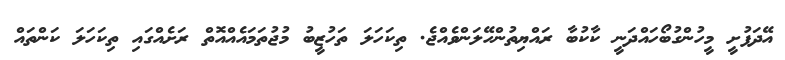
އޭދަފުށީ މީހުންގުބޯހައްދަނީ ކާކުބާ ރައްޔިތުންހޭލަންވެއްޖެ. ތިކަހަލަ ތަހުޒީބު މުޖުތަމައެއްއޮތް ރަށެއްގައި ތިކަހަލަ ކަންތައް